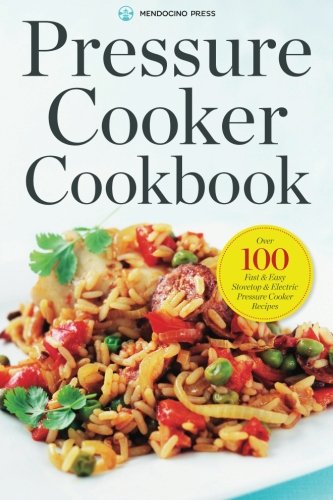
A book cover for Pressure Cooker Cookbook: Over 100 Fast and Easy Stovetop and Electric Pressure Cooker Recipes; Mendocino Press; Cookbooks, Food & Wine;